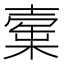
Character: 𣙲